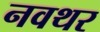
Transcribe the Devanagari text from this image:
नवथर